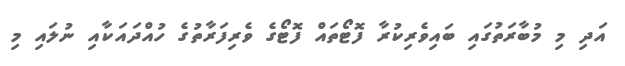
އަދި މި މުބާރަތުގައި ބައިވެރިކުރާ ފޮޓޯތައް ފޮޓޯގެ ވެރިފަރާތުގެ ހުއްދައަކާއި ނުލައި މި